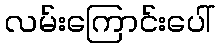
လမ်းကြောင်းပေါ်